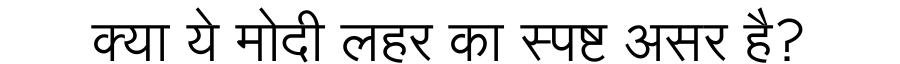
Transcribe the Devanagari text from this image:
क्या ये मोदी लहर का स्पष्ट असर है?